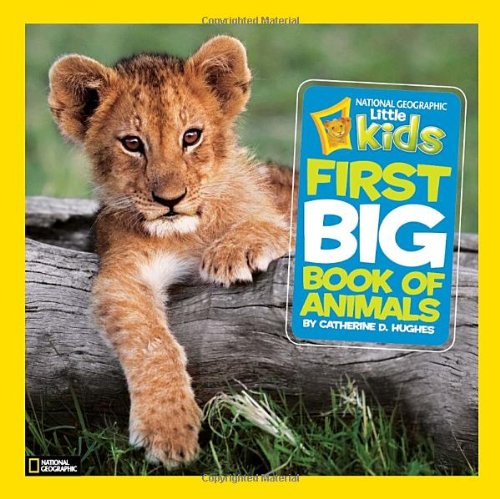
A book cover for National Geographic Little Kids First Big Book of Animals (National Geographic Little Kids First Big Books); Catherine D. Hughes; Reference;